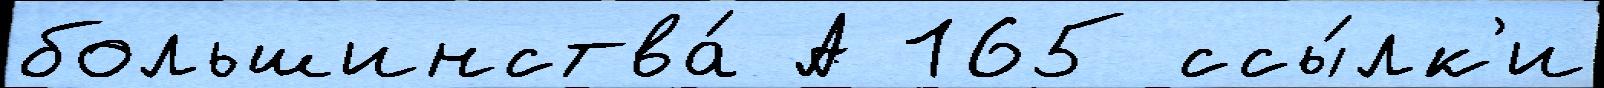
большинства́ А 165 ссы́лк'и